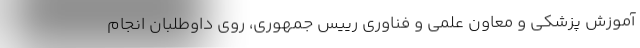
آموزش پزشکی و معاون علمی و فناوری رییس جمهوری، روی داوطلبان انجام